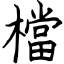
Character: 檔